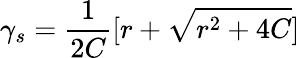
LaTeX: \gamma_{s}=\frac{1}{2C}[r+\sqrt{r^{2}+4C}]